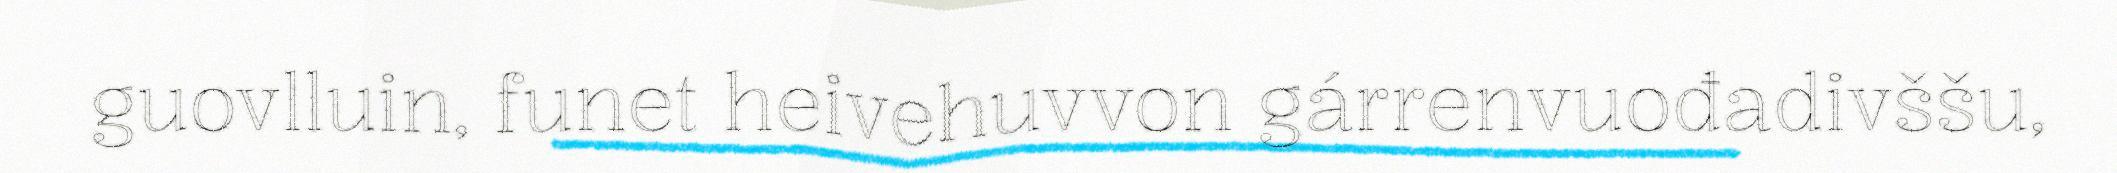
guovlluin, funet heivehuvvon gárrenvuođadivššu,